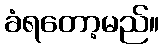
ခံရတော့မည်။